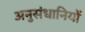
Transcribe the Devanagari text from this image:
अनुसंधानियों